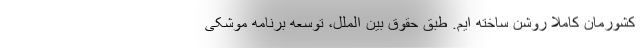
کشورمان کاملاً روشن ساخته ایم. طبق حقوق بین الملل، توسعه برنامه موشکی